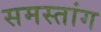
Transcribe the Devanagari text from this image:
समस्तांग